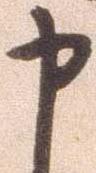
申